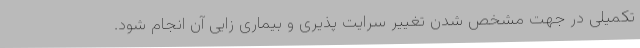
تکمیلی در جهت مشخص شدن تغییر سرایت پذیری و بیماری زایی آن انجام شود.